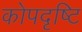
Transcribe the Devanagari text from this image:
कोपदृष्टि